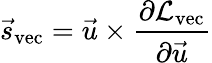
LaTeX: \vec{s}_{\mathrm{vec}}=\vec{u}\times\frac{\partial\mathcal{L}_{\mathrm{vec}}}{\partial\vec{u}}